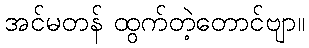
အင်မတန် ထွက်တဲ့တောင်ဗျာ။